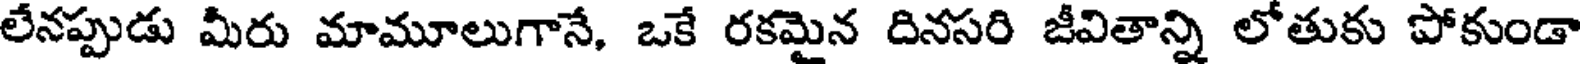
లేనప్పుడు మీరు మామూలుగానే, ఒకే రకమైన దినసరి జీవితాన్ని లోతుకు పోకుండా